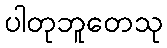
ပါတုဘူတေသု